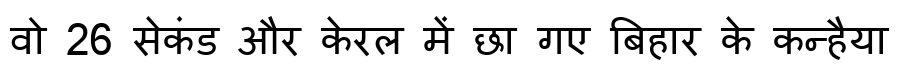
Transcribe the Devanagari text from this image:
वो 26 सेकंड और केरल में छा गए बिहार के कन्हैया